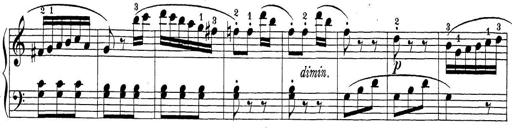
Title: Sonatina Album
Composer: Louis KÃ¶hler